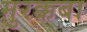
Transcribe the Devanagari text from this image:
मुरक्कबा